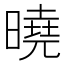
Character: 曉